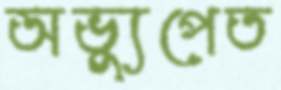
অভ্যুপেত